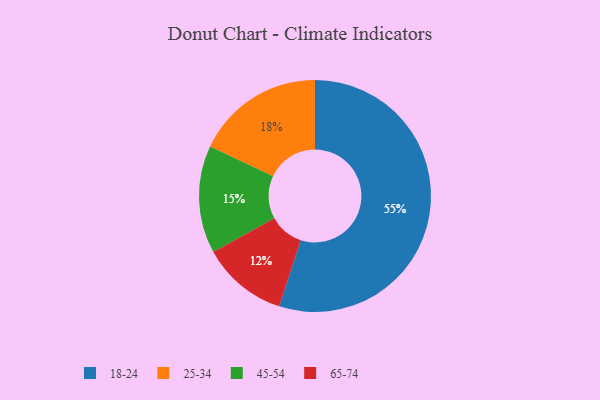
{"axis": {"x": "Category", "y": "Percentage"}, "legend": ["18-24", "25-34", "45-54", "65-74"], "data": [{"x": "45-54", "y": 15, "type": "45-54"}, {"x": "65-74", "y": 12, "type": "65-74"}, {"x": "18-24", "y": 55, "type": "18-24"}, {"x": "25-34", "y": 18, "type": "25-34"}]}